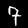
Label: 7